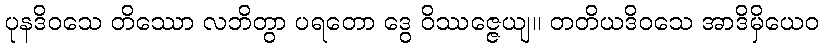
ပုနဒိဝသေ တိဿော လဘိတွာ ပရတော ဒွေ ဝိဿဇ္ဇေယျ။ တတိယဒိဝသေ အာဒိမှိယေဝ